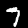
Digit: 7